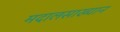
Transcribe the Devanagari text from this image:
मदालसाख्यान